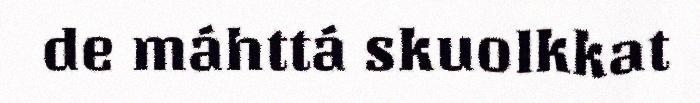
de máhttá skuolkkat